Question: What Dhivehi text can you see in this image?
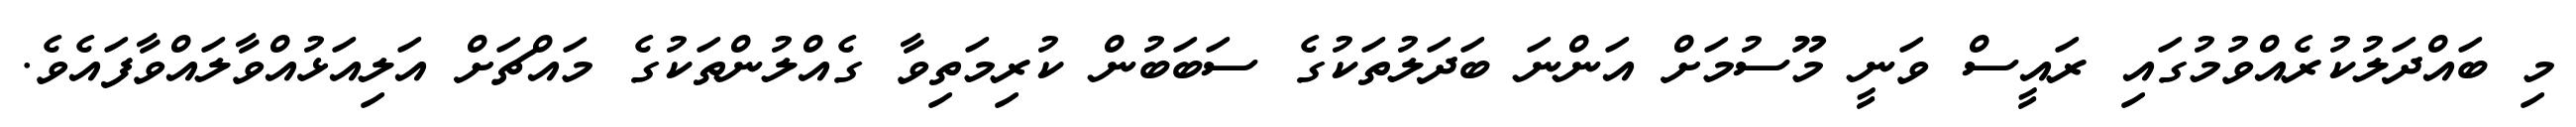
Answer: މި ބައްދަލުކުރެއްވުމުގައި ރައީސް ވަނީ މޫސުމަށް އަންނަ ބަދަލުތަކުގެ ސަބަބުން ކުރިމަތިވާ ގެއްލުންތަކުގެ މައްޗަށް އަލިއަޅުއްވާލައްވާފައެވެ.